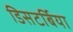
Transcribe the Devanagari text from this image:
डिसटर्बिया